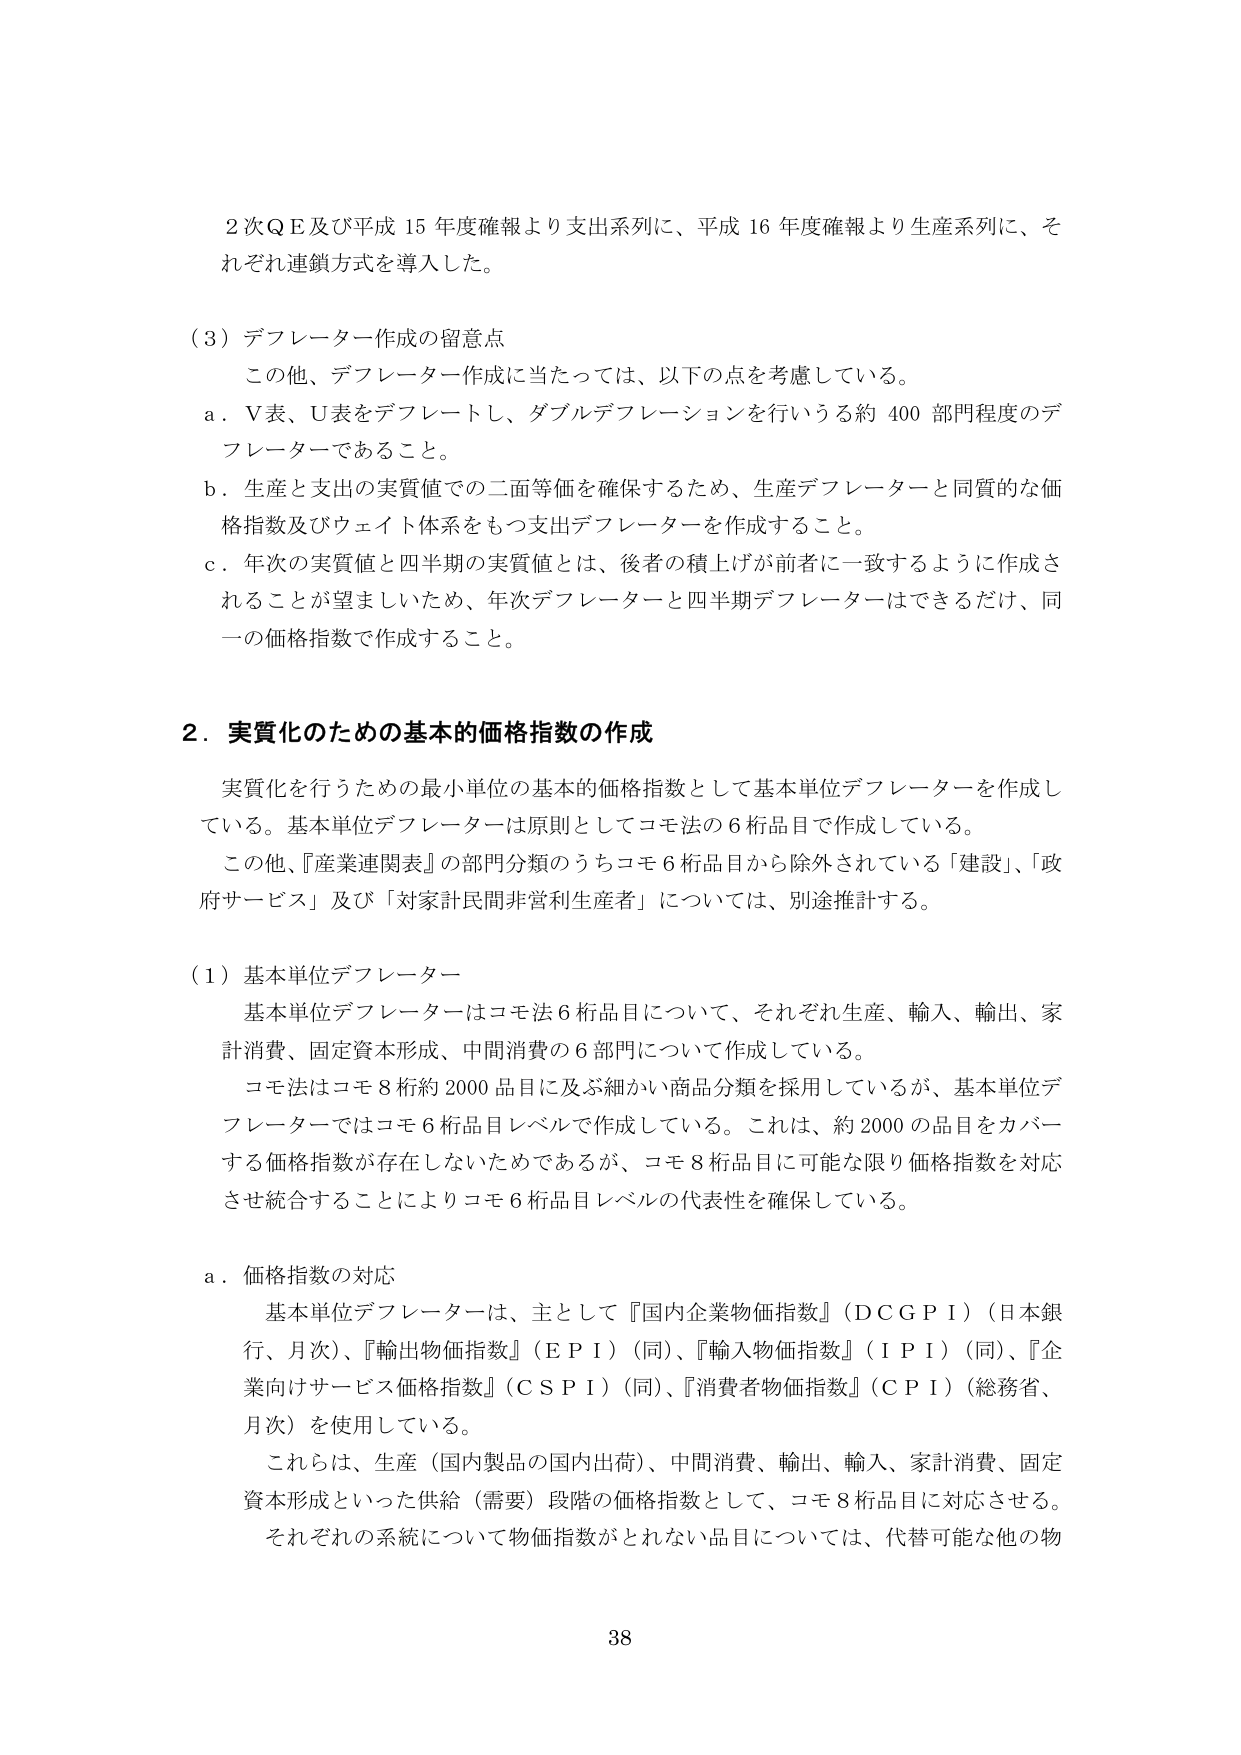
2次ＱＥ及び平成15年度確報より支出系列に、平成16年度確報より生産系列に、それぞれ連鎖方式を導入した。

（3）デフレーター作成の留意点
　この他、デフレーター作成に当たっては、以下の点を考慮している。
　a．Ｖ表、Ｕ表をデフレートし、ダブルデフレーションを行いうる約400部門程度のデフレーターであること。
　b．生産と支出の実質値での二面等価を確保するため、生産デフレーターと同質的な価格指数及びウェイト体系をもつ支出デフレーターを作成すること。
　c．年次の実質値と四半期の実質値とは、後者の積上げが前者に一致するように作成されることが望ましいため、年次デフレーターと四半期デフレーターはできるだけ、同一の価格指数で作成すること。

2．実質化のための基本的価格指数の作成
　実質化を行うための最小単位の基本的価格指数として基本単位デフレーターを作成している。基本単位デフレーターは原則としてコモ法の6桁品目で作成している。
　この他、『産業連関表』の部門分類のうちコモ6桁品目から除外されている「建設」、「政府サービス」及び「対家計民間非営利生産者」については、別途推計する。

（1）基本単位デフレーター
　基本単位デフレーターはコモ法6桁品目について、それぞれ生産、輸入、輸出、家計消費、固定資本形成、中間消費の6部門について作成している。
　コモ法はコモ8桁約2000品目以及細かい商品分類を採用しているが、基本単位デフレーターではコモ6桁品目レベルで作成している。これは、約2000の品目をカバーする価格指数が存在しないためであるが、コモ8桁品目に可能な限り価格指数を対応させ統合することによりコモ6桁品目レベルの代表性を確保している。

a．価格指数の対応
　基本単位デフレーターは、主として『国内企業物価指数』（ＤＣＧＰＩ）（日本銀行、月次）、『輸出物価指数』（ＥＰＩ）（同）、『輸入物価指数』（ＩＰＩ）（同）、『企業向けサービス価格指数』（ＣＳＰＩ）（同）、『消費者物価指数』（ＣＰＩ）（総務省、月次）を使用している。
　これらは、生産（国内製品の国内出荷）、中間消費、輸出、輸入、家計消費、固定資本形成といった供給（需要）段階の価格指数として、コモ8桁品目に対応させる。
　それぞれの系統について物価指数がとれない品目については、代替可能な他の物

38